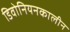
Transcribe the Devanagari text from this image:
डिवोनियनकालीन